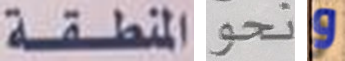
المنطقة نحو و